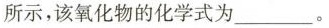
所示，该氧化物的化学式为___。